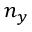
n _ { y }